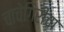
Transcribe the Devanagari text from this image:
चाचेगिरीचा